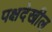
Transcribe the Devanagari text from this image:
पक्षदेखील